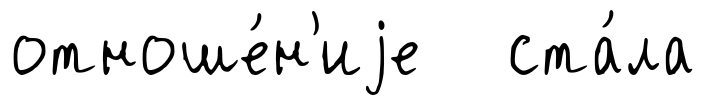
отноше́н'иjе ста́ла